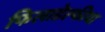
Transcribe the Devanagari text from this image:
फिलाडेल्फीया